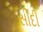
સીદી